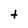
Character: t